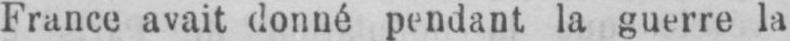
France avait donné pendant la guerre la